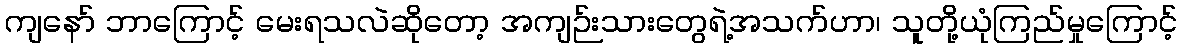
ကျနော် ဘာကြောင့် မေးရသလဲဆိုတော့ အကျဉ်းသားတွေရဲ့အသက်ဟာ၊ သူတို့ယုံကြည်မှုကြောင့်